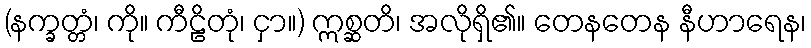
(နက္ခတ္တံ၊ ကို။ ကီဠိတုံ၊ ငှာ။) ဣစ္ဆတိ၊ အလိုရှိ၏။ တေနတေန နီဟာရေန၊